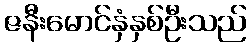
ဇနီးမောင်နှံနှစ်ဦးသည်